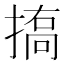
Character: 𢱪